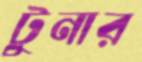
টুনার